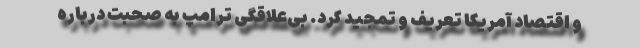
و اقتصاد آمریکا تعریف و تمجید کرد. بی‌علاقگی ترامپ به صحبت درباره